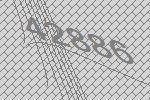
42886